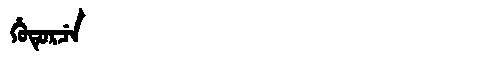
Manchu: ᡥᡠᡨᡠᡵᠴᡝ
Romanization: HUTURCE